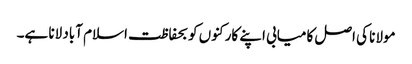
مولانا کی اصل کامیابی اپنے کارکنوں کو بحفاظت اسلام آباد لانا ہے۔